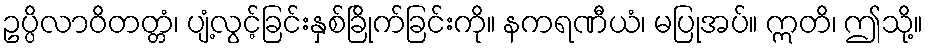
ဥပ္ပိလာဝိတတ္တံ၊ ပျံ့လွင့်ခြင်းနှစ်ခြိုက်ခြင်းကို။ နကရဏီယံ၊ မပြုအပ်။ ဣတိ၊ ဤသို့။